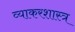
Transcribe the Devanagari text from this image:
व्याकरशास्त्र